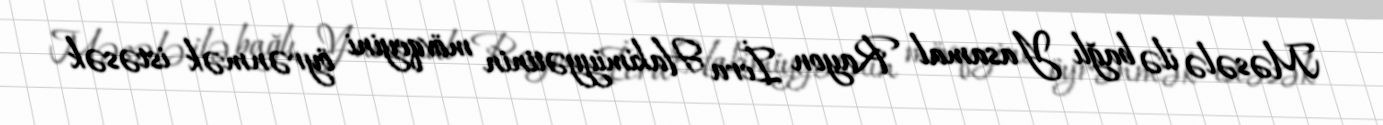
Məsələ ilə bağlı Yasamal Rayon İcra Hakimiyyətinin mövqeyini öyrənmək istəsək